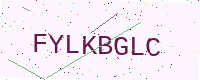
Text: FYLKBGLC